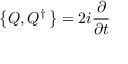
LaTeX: \left\{ Q , Q ^ { \dagger } \, \right\} = 2 i { \frac { \partial } { \partial t } }